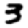
Digit: 3